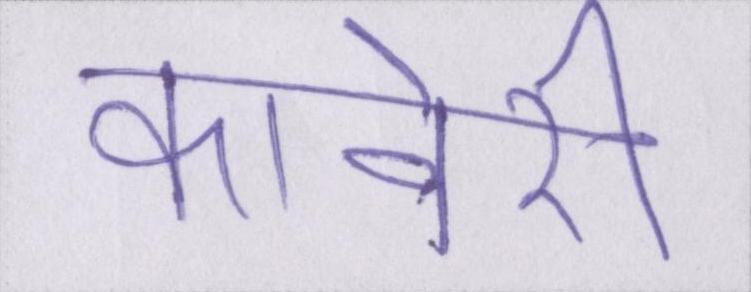
कावेरी